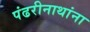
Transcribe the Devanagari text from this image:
पंढरीनाथांना